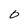
Character: O